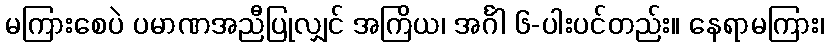
မကြားစေပဲ ပမာဏအညီပြုလျှင် အကြိယ၊ အင်္ဂါ ၆-ပါးပင်တည်း။ နေရာမကြား၊